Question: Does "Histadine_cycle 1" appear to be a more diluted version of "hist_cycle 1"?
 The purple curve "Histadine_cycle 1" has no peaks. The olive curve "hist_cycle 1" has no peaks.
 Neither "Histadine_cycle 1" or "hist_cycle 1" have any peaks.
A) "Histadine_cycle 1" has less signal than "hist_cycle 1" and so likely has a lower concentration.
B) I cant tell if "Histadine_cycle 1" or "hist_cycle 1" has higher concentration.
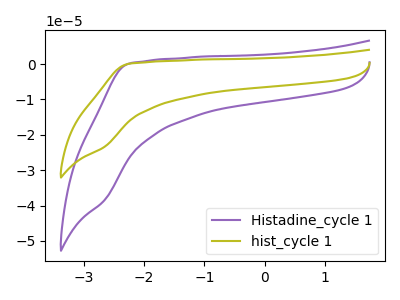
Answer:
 <answer>B) I cant tell if "Histadine_cycle 1" or "hist_cycle 1" has higher concentration.</answer>
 <eval>B</eval>